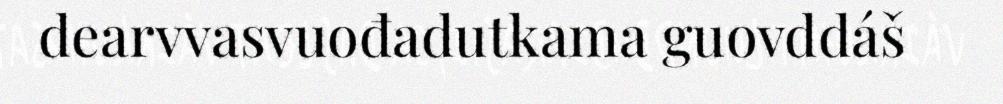
dearvvasvuođadutkama guovddáš